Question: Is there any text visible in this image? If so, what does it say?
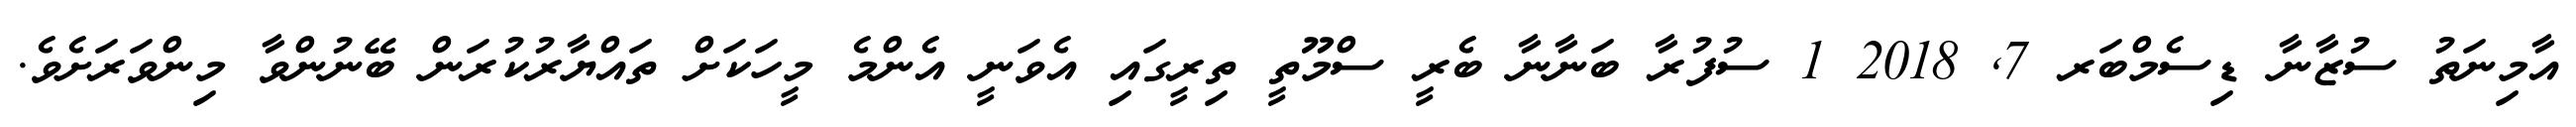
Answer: އާމިނަތު ސުޒާނާ ޑިސެމްބަރ 7, 2018 1 ސުފުރާ ބަނާނާ ބެރީ ސްމޫތީ ތިރީގައި އެވަނީ އެންމެ މީހަކަށް ތައްޔާރުކުރަން ބޭނުންވާ މިންވަރަށެވެ.